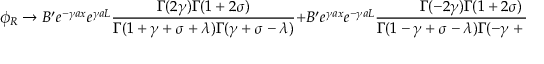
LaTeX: \phi _ { R } \rightarrow B ^ { \prime } e ^ { - \gamma a x } e ^ { \gamma a L } \frac { \Gamma ( 2 \gamma ) \Gamma ( 1 + 2 \sigma ) } { \Gamma ( 1 + \gamma + \sigma + \lambda ) \Gamma ( \gamma + \sigma - \lambda ) } + B ^ { \prime } e ^ { \gamma a x } e ^ { - \gamma a L } \frac { \Gamma ( - 2 \gamma ) \Gamma ( 1 + 2 \sigma ) } { \Gamma ( 1 - \gamma + \sigma - \lambda ) \Gamma ( - \gamma + \sigma - \lambda ) }